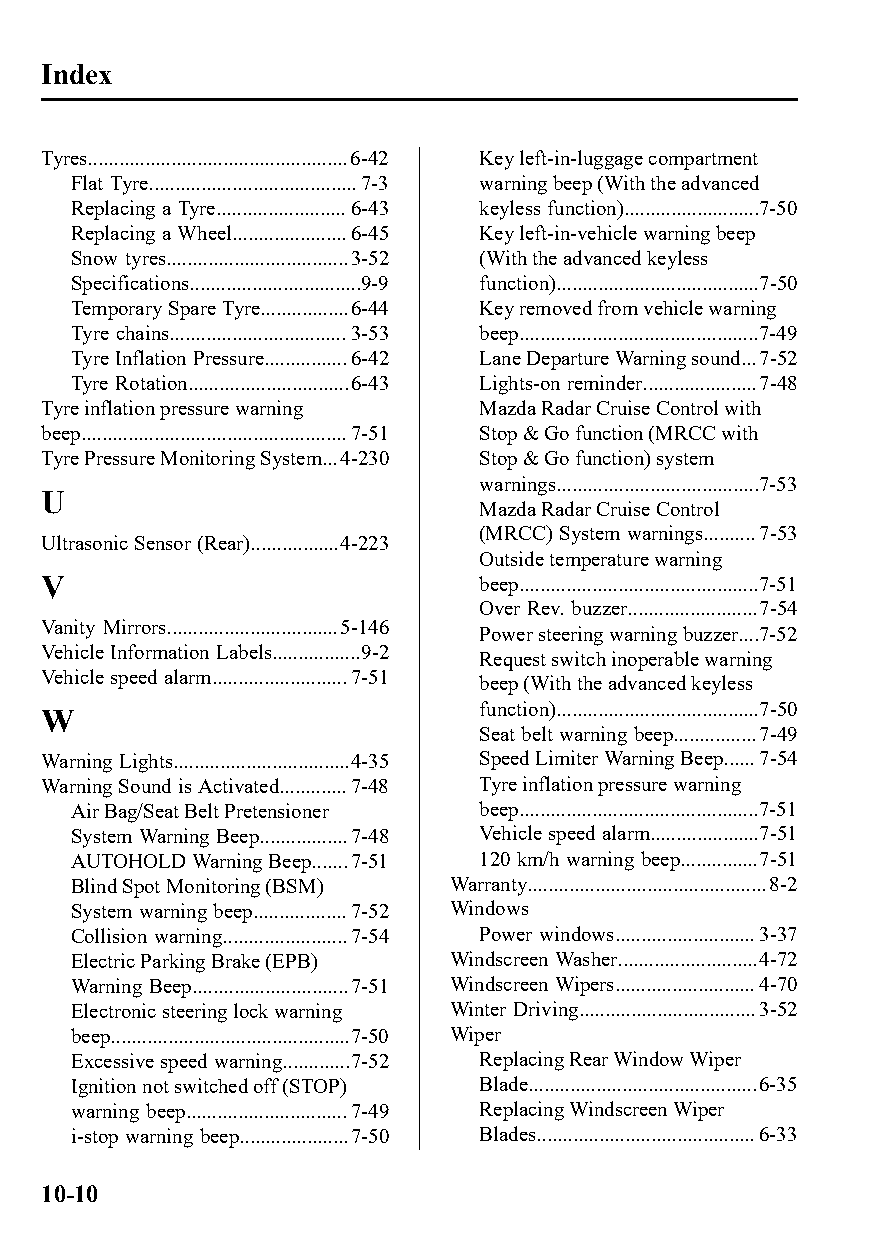
Index
 Tyres..................................................6-42 Key left-in-luggage compartment
 Flat Tyre........................................7-3 warning beep (With the advanced
 Replacing a Tyre.........................6-43 keyless function)..........................7-50
 Replacing a Wheel......................6-45 Key left-in-vehicle warning beep
 Snow tyres...................................3-52 (With the advanced keyless
 Specifications.................................9-9 function).......................................7-50
 Temporary Spare Tyre.................6-44 Key removed from vehicle warning
 Tyre chains..................................3-53 beep..............................................7-49
 Tyre Inflation Pressure................6-42 Lane Departure Warning sound...7-52
 Tyre Rotation...............................6-43 Lights-on reminder......................7-48
 Tyre inflation pressure warning Mazda Radar Cruise Control with
 beep...................................................7-51 Stop & Go function (MRCC with
 Tyre Pressure Monitoring System...4-230 Stop & Go function) system
 warnings.......................................7-53
 U
 Mazda Radar Cruise Control
 (MRCC) System warnings..........7-53
 Ultrasonic Sensor (Rear).................4-223
 Outside temperature warning
 V                            beep..............................................7-51
 Over Rev. buzzer.........................7-54
 Vanity Mirrors.................................5-146
 Power steering warning buzzer....7-52
 Vehicle Information Labels.................9-2
 Request switch inoperable warning
 Vehicle speed alarm..........................7-51
 beep (With the advanced keyless
 W                            function).......................................7-50
 Seat belt warning beep................7-49
 Warning Lights..................................4-35 Speed Limiter Warning Beep......7-54
 Warning Sound is Activated.............7-48 Tyre inflation pressure warning
 Air Bag/Seat Belt Pretensioner beep..............................................7-51
 System Warning Beep.................7-48 Vehicle speed alarm.....................7-51
 AUTOHOLD Warning Beep.......7-51 120 km/h warning beep...............7-51
 Blind Spot Monitoring (BSM) Warranty..............................................8-2
 System warning beep..................7-52 Windows
 Collision warning........................7-54 Power windows...........................3-37
 Electric Parking Brake (EPB) Windscreen Washer...........................4-72
 Warning Beep..............................7-51 Windscreen Wipers...........................4-70
 Electronic steering lock warning Winter Driving..................................3-52
 beep..............................................7-50 Wiper
 Excessive speed warning.............7-52 Replacing Rear Window Wiper
 Ignition not switched off (STOP) Blade............................................6-35
 warning beep...............................7-49 Replacing Windscreen Wiper
 i-stop warning beep.....................7-50 Blades..........................................6-33
 10-10
 CX-3_8GT4-EE-18D_Edition4                  2018-9-6 18:32:19